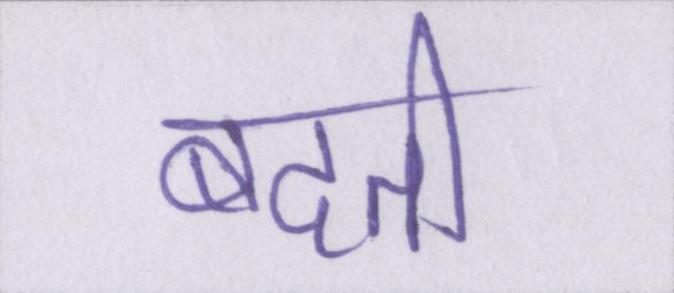
बदती